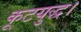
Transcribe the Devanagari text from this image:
कूटयुद्ध।